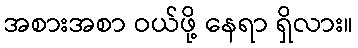
အစားအစာ ဝယ်ဖို့ နေရာ ရှိလား။